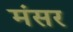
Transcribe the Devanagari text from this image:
मंसर